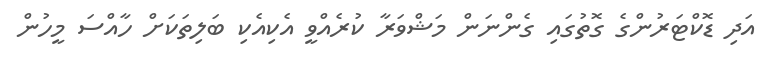
އަދި ޑޮކްޓަރުންގެ ގޮތުގައި ގެންނަން މަޝްވަރާ ކުރެއްވީ އެކިއެކި ބަލިތަކަށް ހާއްސަ މީހުން